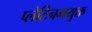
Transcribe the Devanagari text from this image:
प्लेटिनमयुक्त